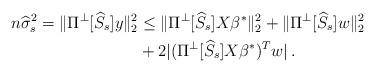
LaTeX: \begin{align*}n \widehat{\sigma}_s^2 = \| \Pi^{\perp}[\widehat{S}_s] y \|_2^2&\le \| \Pi^{\perp}[\widehat{S}_s] X \beta^* \|_2^2 + \| \Pi^{\perp}[\widehat{S}_s] w \|_2^2 \\&+ 2 | (\Pi^{\perp}[\widehat{S}_s] X \beta^*)^T w | \,. \end{align*}